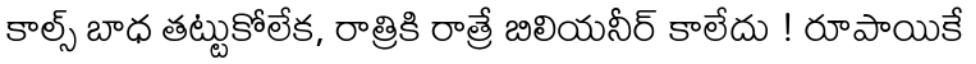
కాల్స్ బాధ తట్టుకోలేక, రాత్రికి రాత్రే బిలియనీర్ కాలేదు ! రూపాయికే